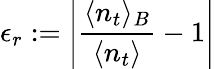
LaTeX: \epsilon_{r}:=\left|\frac{\langle n_{t}\rangle_{B}}{\langle n_{t}\rangle}-1\right|